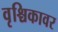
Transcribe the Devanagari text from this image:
वृश्चिकावर